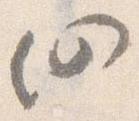
仍